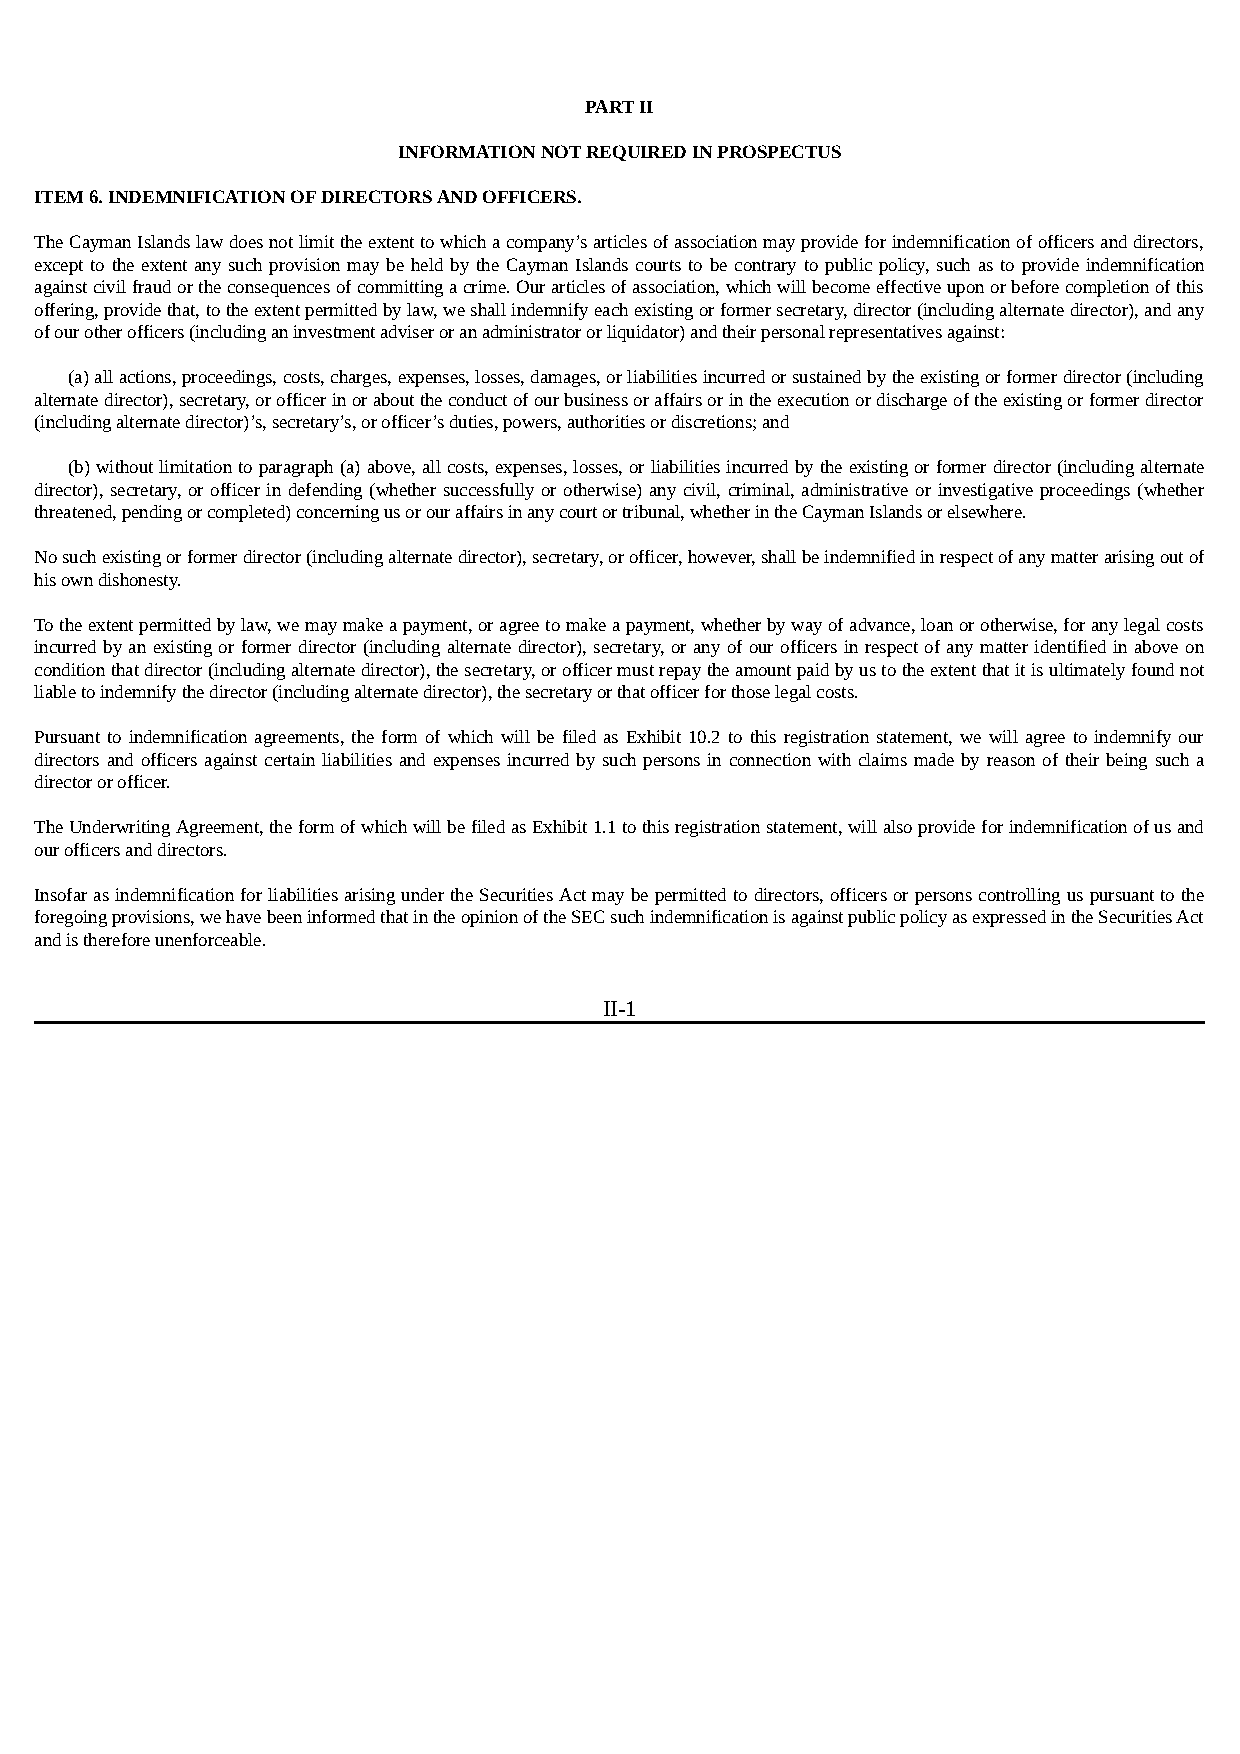
PART II
 INFORMATION NOT REQUIRED IN PROSPECTUS
 ITEM 6. INDEMNIFICATION OF DIRECTORS AND OFFICERS.
 The Cayman Islands law does not limit the extent to which a company’s articles of association may provide for indemnification of officers and directors,
 except to the extent any such provision may be held by the Cayman Islands courts to be contrary to public policy, such as to provide indemnification
 against civil fraud or the consequences of committing a crime. Our articles of association, which will become effective upon or before completion of this
 offering, provide that, to the extent permitted by law, we shall indemnify each existing or former secretary, director (including alternate director), and any
 of our other officers (including an investment adviser or an administrator or liquidator) and their personal representatives against:
 (a) all actions, proceedings, costs, charges, expenses, losses, damages, or liabilities incurred or sustained by the existing or former director (including
 alternate director), secretary, or officer in or about the conduct of our business or affairs or in the execution or discharge of the existing or former director
 (including alternate director)’s, secretary’s, or officer’s duties, powers, authorities or discretions; and
 (b) without limitation to paragraph (a) above, all costs, expenses, losses, or liabilities incurred by the existing or former director (including alternate
 director), secretary, or officer in defending (whether successfully or otherwise) any civil, criminal, administrative or investigative proceedings (whether
 threatened, pending or completed) concerning us or our affairs in any court or tribunal, whether in the Cayman Islands or elsewhere.
 No such existing or former director (including alternate director), secretary, or officer, however, shall be indemnified in respect of any matter arising out of
 his own dishonesty.
 To the extent permitted by law, we may make a payment, or agree to make a payment, whether by way of advance, loan or otherwise, for any legal costs
 incurred by an existing or former director (including alternate director), secretary, or any of our officers in respect of any matter identified in above on
 condition that director (including alternate director), the secretary, or officer must repay the amount paid by us to the extent that it is ultimately found not
 liable to indemnify the director (including alternate director), the secretary or that officer for those legal costs.
 Pursuant to indemnification agreements, the form of which will be filed as Exhibit 10.2 to this registration statement, we will agree to indemnify our
 directors and officers against certain liabilities and expenses incurred by such persons in connection with claims made by reason of their being such a
 director or officer.
 The Underwriting Agreement, the form of which will be filed as Exhibit 1.1 to this registration statement, will also provide for indemnification of us and
 our officers and directors.
 Insofar as indemnification for liabilities arising under the Securities Act may be permitted to directors, officers or persons controlling us pursuant to the
 foregoing provisions, we have been informed that in the opinion of the SEC such indemnification is against public policy as expressed in the Securities Act
 and is therefore unenforceable.
 II-1